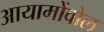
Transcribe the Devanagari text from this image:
आयामोंवोल